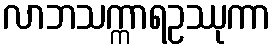
လာဘသက္ကာရဥဿုကာ